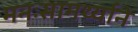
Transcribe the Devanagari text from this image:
मनःसामर्थ्याने